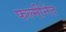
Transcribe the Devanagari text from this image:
फल्मीनेत